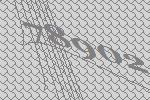
78902